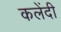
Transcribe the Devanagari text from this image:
कलेंदी